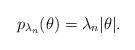
LaTeX: \begin{align*}p_{\lambda_n}(\theta)=\lambda_n|\theta|.\end{align*}